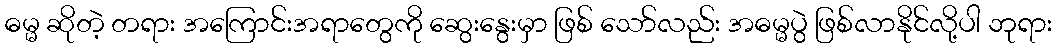
ဓမ္မ ဆိုတဲ့ တရား အကြောင်းအရာတွေကို ဆွေးနွေးမှာ ဖြစ် သော်လည်း အဓမ္မပွဲ ဖြစ်လာနိုင်လို့ပါ ဘုရား